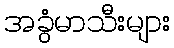
အခွံမာသီးများ